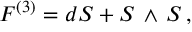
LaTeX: F ^ { ( 3 ) } = d S + S \, \wedge \, S \, ,